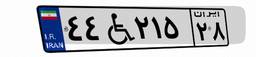
۴۴W۲۱۵۲۸